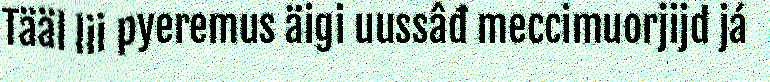
Tääl lii pyeremus äigi uussâđ meccimuorjijd já